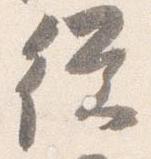
従